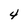
Character: 4